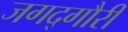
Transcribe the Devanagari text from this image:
जगद्‌गौरी